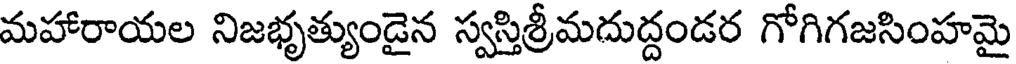
మహారాయల నిజభృత్యుండైన స్వస్తిశ్రీమదుద్దండర గోగిగజసింహమై